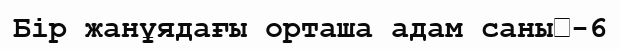
Бір жанұядағы орташа адам саны	-6